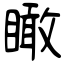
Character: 瞰